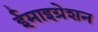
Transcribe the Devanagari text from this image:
ईमाइग्रेशन